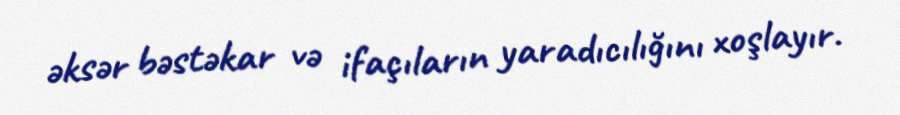
əksər bəstəkar və ifaçıların yaradıcılığını xoşlayır.